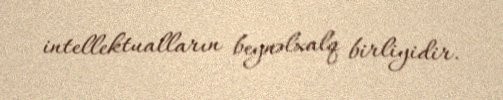
intellektualların beynəlxalq birliyidir.